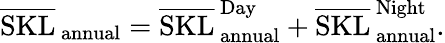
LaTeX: \overline{{\mathrm{SKL}}}_{\, \mathrm{annual}}=\overline{{\mathrm{SKL}}}_{\, \mathrm{annual}}^{\, \mathrm{Day}}+\overline{{\mathrm{SKL}}}_{\, \mathrm{annual}}^{\, \mathrm{Night}}.